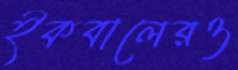
ইকবালেরও